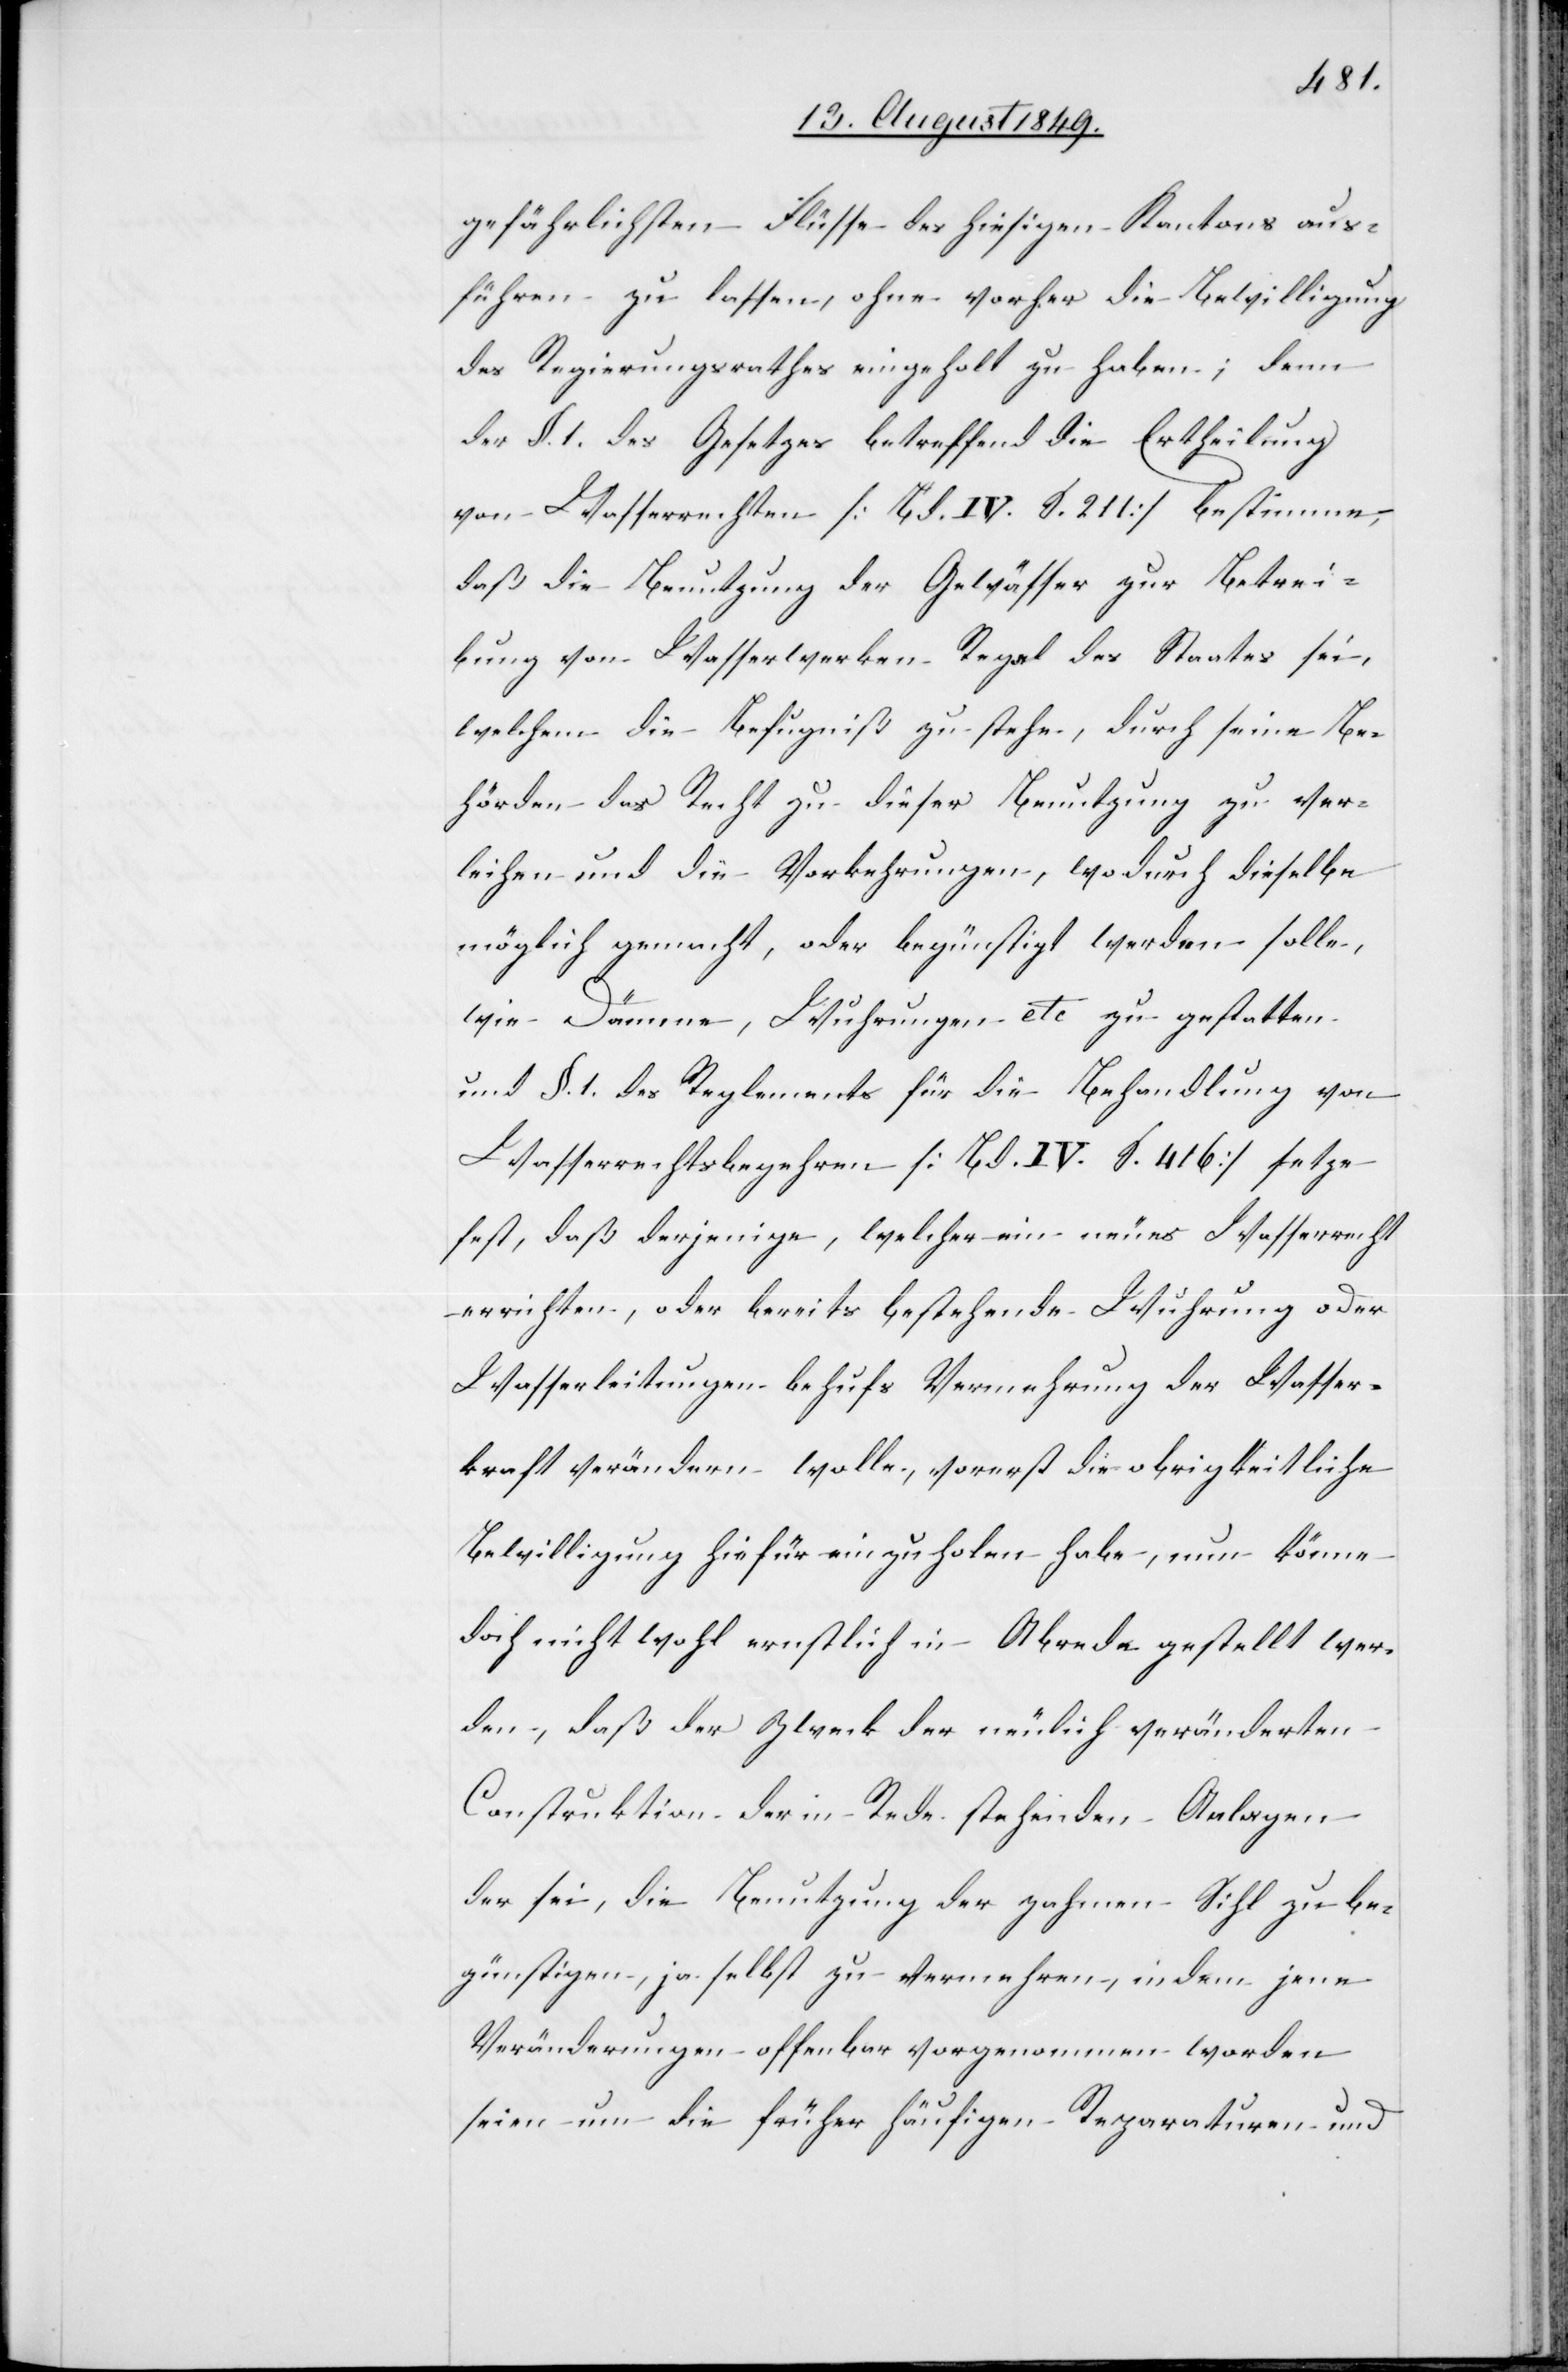
gefährlichsten Flüsse des hiesigen Kantons aus¬
führen zu lassen, ohne vorher die Bewilligung
des Regierungsrathes eingeholt zu haben; denn
der §. 1. des Gesetzes betreffend die Ertheilung
von Wasserrechten [Bd. IV. S. 211] bestimme,
daß die Benutzung der Gewässer zur Betrei¬
bung von Wasserwerken Regal des Staates sei,
welchem die Befugniß zustehe, durch seine Be¬
hörden das Recht zu dieser Benutzung zu ver¬
leihen und die Vorkehrungen, wodurch dieselbe
möglich gemacht, oder begünstigt werden solle,
wie Dämme, Wuhrungen etc. zu gestatten
und §. 1. des Reglements für die Behandlung von
Wasserrechtsbegehren [Bd. IV. S. 416] setze
fest, daß derjenige, welcher ein neues Wasserrecht
errichten, oder bereits bestehende Wuhrung oder
Wasserleitungen behufs Vermehrung der Wasser¬
kraft verändern wolle, vorerst die obrigkeitliche
Bewilligung hiefür einzuholen habe, nun könne
doch nicht wohl ernstlich in Abrede gestellt wer¬
den, daß der Zweck der neulich veränderten
Construktion der in Rede stehenden Anlagen
der sei, die Benutzung der zahmen Sihl zu be¬
günstigen, ja selbst zu vermehren, indem jene
Veränderungen offenbar vorgenommen worden
seien um die früher häufigen Reparaturen und